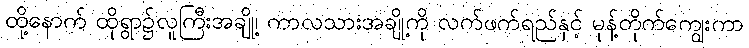
ထို့နောက် ထိုရွာ၌လူကြီးအချို့၊ ကာလသားအချို့ကို လက်ဖက်ရည်နှင့် မုန့်တိုက်ကျွေးကာ